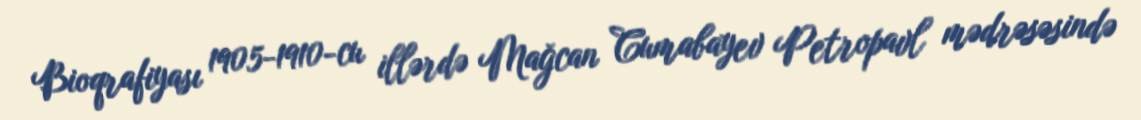
Bioqrafiyası 1905-1910-cu illərdə Mağcan Cumabayev Petropavl mədrəsəsində